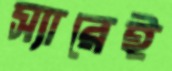
স্যারেই